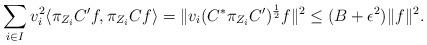
LaTeX: \begin{align*}\sum _{i\in I} v_{i}^{2} \langle \pi_{Z_{i}} C^{\prime}f,\pi_{Z_{i}} Cf \rangle =\Vert v_{i}(C^{*}\pi_{Z_{i}} C^{\prime})^{\frac{1}{2}}f \Vert^{2}\leq(B+\epsilon^{2})\Vert f\Vert^{2}.\end{align*}